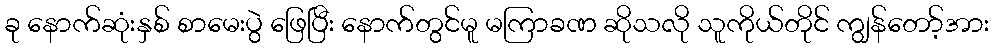
ခု နောက်ဆုံးနှစ် စာမေးပွဲ ဖြေပြီး နောက်တွင်မူ မကြာခဏ ဆိုသလို သူကိုယ်တိုင် ကျွန်တော့်အား